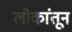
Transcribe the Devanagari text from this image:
लोकांतून